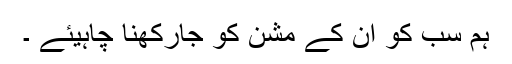
ہم سب کو ان کے مشن کو جارکھنا چاہیئے ۔